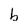
Character: b